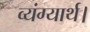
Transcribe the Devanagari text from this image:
व्यंग्यार्थ।